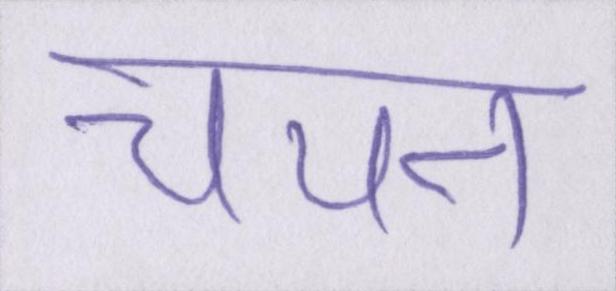
चयन